Annual administration report of the Civil Veterinary Department of India - 1892-1893
Year: 1892
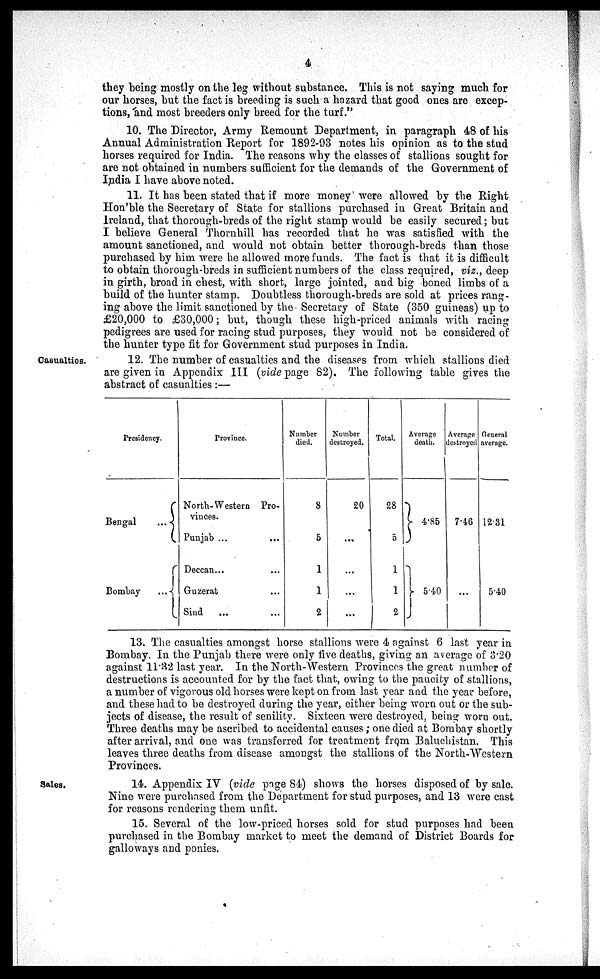
4
they being mostly on the leg without substance. This is not saying much for
our horses, but the fact is breeding is such a hazard that good ones are excep-
tions, and most breeders only breed for the turf."
10. The Director, Army Remount Department, in paragraph 48 of his
Annual Administration Report for 1892-93 notes his opinion as to the stud
horses required for India. The reasons why the classes of stallions sought for
are not obtained in numbers sufficient for the demands of the Government of
India I have above noted.
11. It has been stated that if more money were allowed by the Right
Hon'ble the Secretary of State for stallions purchased in Great Britain and
Ireland, that thorough-breds of the right stamp would be easily secured; but
I believe General Thornhill has recorded that he was satisfied with the
amount sanctioned, and would not obtain better thorough-breds than those
purchased by him were he allowed more funds. The fact is that it is difficult
to obtain thorough-breds in sufficient numbers of the class required, viz., deep
in girth, broad in chest, with short, large jointed, and big boned limbs of a
build of the hunter stamp. Doubtless thorough-breds are sold at prices rang-
ing above the limit sanctioned by the Secretary of State (350 guineas) up to
£20,000 to £30,000; but, though these high-priced animals with racing
pedigrees are used for racing stud purposes, they would not be considered of
the hunter type fit for Government stud purposes in India.
Casualties.
12. The number of casualties and the diseases from which stallions died
are given in Appendix III (vide page 82). The following table gives the
abstract of casualties:—
Presidency.
Bengal
...
Bombay
...
Province.
North-Western Pro-
vinces.
Punjab ... ...
Deccan... ...
Gruzerat ...
Sind ... ...
Number
died.
8
5
1
1
2
Number
destroyed.
20
...
...
...
...
Total.
28
5
1
1
2
Average
death.
4.85
5.40
Average
destroyed
7.46
...
General
average.
12.31
5.40
13. The casualties amongst horse stallions were 4 against 6 last year in
Bombay. In the Punjab there were only five deaths, giving an average of 3.20
against 11.32 last year. In the North-Western Provinces the great number of
destructions is accounted for by the fact that, owing to the paucity of stallions,
a number of vigorous old horses were kept on from last year and the year before,
and these had to be destroyed during the year, either being worn out or the sub-
jects of disease, the result of senility. Sixteen were destroyed, being worn out.
Three deaths may be ascribed to accidental causes; one died at Bombay shortly
after arrival, and one was transferred for treatment from Baluchistan. This
leaves three deaths from disease amongst the stallions of the North-Western
Provinces.
Sales.
14. Appendix IV (vide page 84) shows the horses disposed of by sale.
Nine were purchased from the Department for stud purposes, and 13 were cast
for reasons rendering them unfit.
15. Several of the low-priced horses sold for stud purposes had been
purchased in the Bombay market to meet the demand of District Boards for
galloways and ponies.